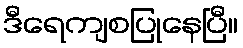
ဒီရေကျစပြုနေပြီ။